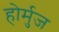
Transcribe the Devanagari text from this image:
होर्मुज